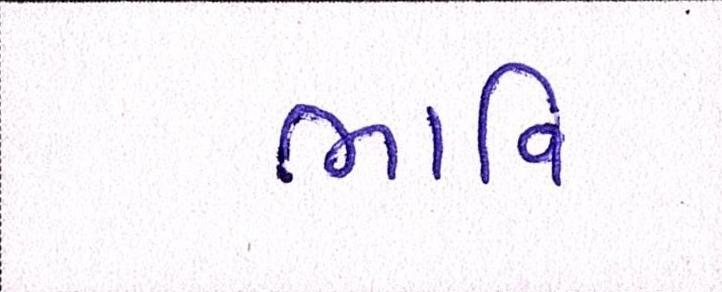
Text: ભાવિ